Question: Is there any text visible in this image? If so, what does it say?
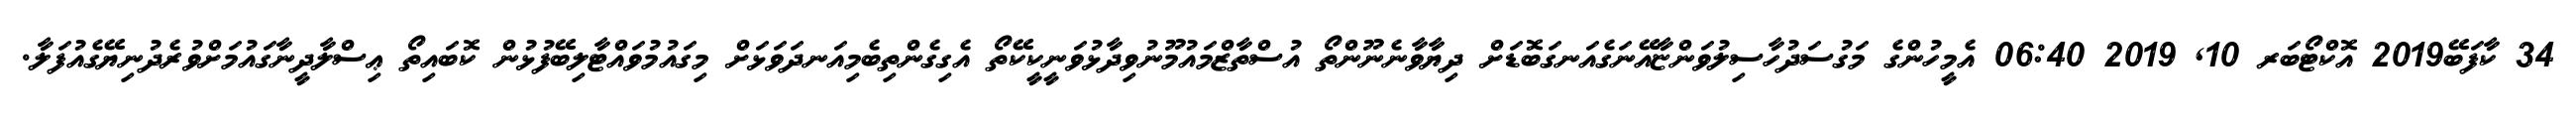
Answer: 34 ކާފަބޭ2019 އޮކްޓޯބަރ 10, 2019 06:40 އެމީހުންގެ މަގުސަދުހާސިލުވަންޏާއޭނަގެއަނގަބޮޑަށް ދިޔާވާނެނޫންތޯ އުސްތާޒްމައުމޫނުވިދާޅުވަނީކީކޭތޯ އެގިގެންތިބެމިއަނދަވަޅަށް މިގައުމުވައްޓާލިބޭފުޅުން ކޮބައިތޯ ޢިސްލާދީނާގައުމަށްވުރެދުނިޔޭގެއުފަލާ.